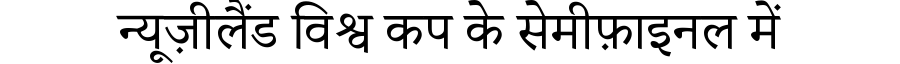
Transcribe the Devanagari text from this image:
न्यूज़ीलैंड विश्व कप के सेमीफ़ाइनल में